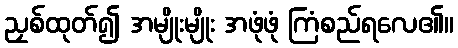
ညှစ်ထုတ်၍ အမျိုးမျိုး အဖုံဖုံ ကြံစည်ရလေ၏။